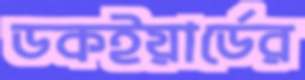
ডকইয়ার্ডের